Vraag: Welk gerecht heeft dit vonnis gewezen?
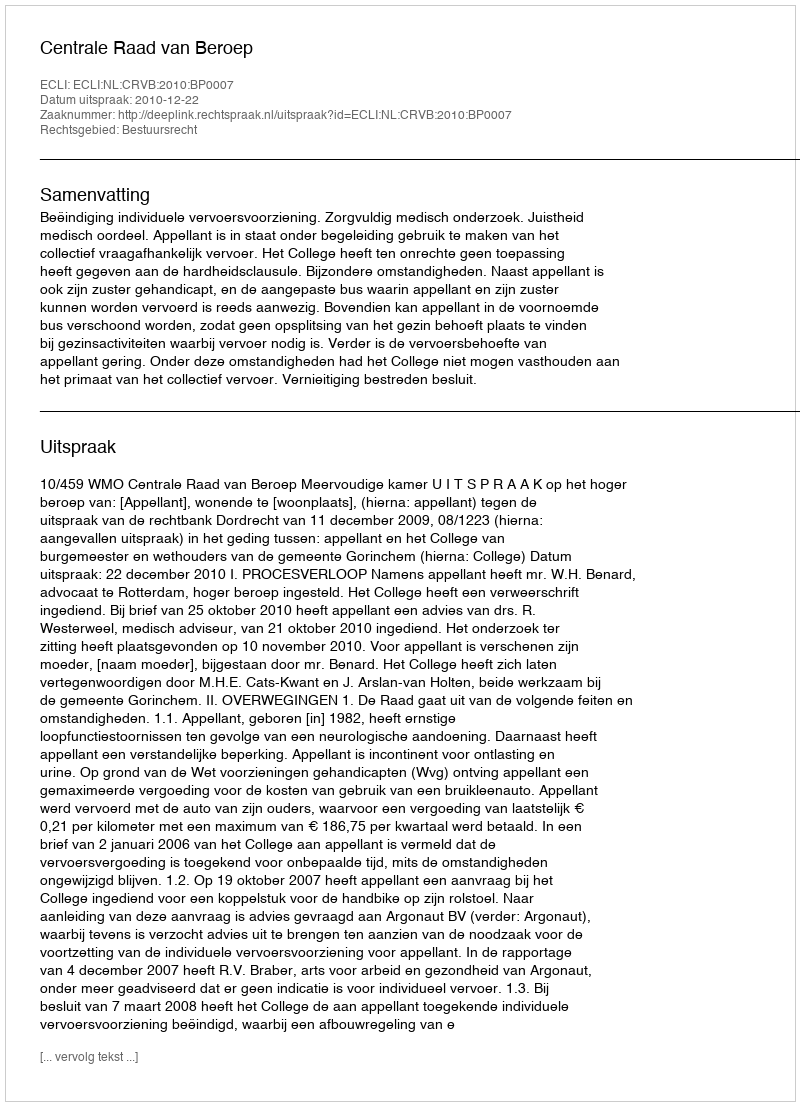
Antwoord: Centrale Raad van Beroep